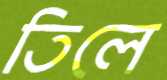
তিলে